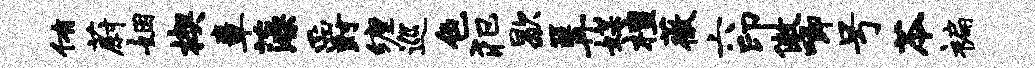
侑蔚姻楔章藻爵缠巡色犯歇篝媒檀薇六印傲唧号苓褊